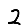
Digit: 2